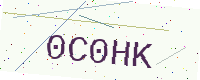
Text: 0C0HK